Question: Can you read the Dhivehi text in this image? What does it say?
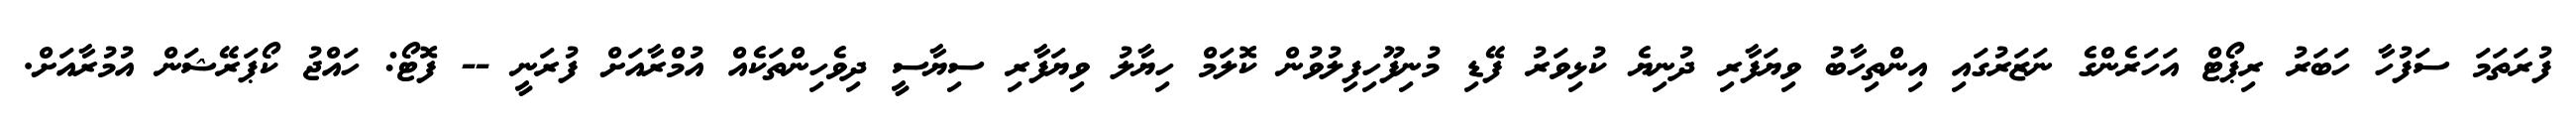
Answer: ފުރަތަމަ ސަފުހާ ހަބަރު ރިޕޯޓް އަހަރެންގެ ނަޒަރުގައި އިންތިހާބު ވިޔަފާރި ދުނިޔެ ކުޅިވަރު ފޭޑި މުނިފޫހިފިލުވުން ކޮލަމް ހިޔާލު ވިޔަފާރި ސިޔާސީ ދިވެހިންތަކެއް އުމްރާއަށް ފުރަނީ -- ފޮޓޯ: ހައްޖު ކޯޕަރޭޝަން އުމުރާއަށް.